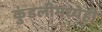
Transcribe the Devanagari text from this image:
कुंडलीमध्येही